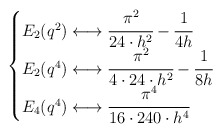
\begin{align*}\begin{cases}E_2(q^2)\longleftrightarrow \cfrac{\pi^2}{24\cdot h^2}-\cfrac{1}{4h}\\E_2(q^4)\longleftrightarrow\cfrac{\pi^2}{4\cdot 24\cdot h^2}-\cfrac{1}{8h}\\E_4(q^4)\longleftrightarrow\cfrac{\pi^4}{16\cdot 240 \cdot h^4}\end{cases}\end{align*}